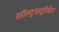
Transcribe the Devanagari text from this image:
सॉल्ट्सट्रॉमेन